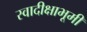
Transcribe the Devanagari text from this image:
स्वादीक्षाभूमी